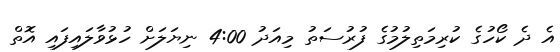
އެ ދެ ކޯހުގެ ކުރިމަތިލުމުގެ ފުރުސަތު މިއަދު 4:00 ނިޔަލަށް ހުޅުވާލައިފައި އޮތް